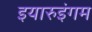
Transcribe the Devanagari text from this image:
इयारुइंगम